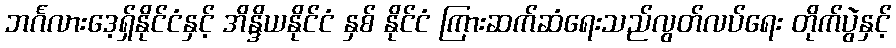
ဘင်္ဂလားဒေ့ရှ်နိုင်ငံနှင့် အိန္ဒိယနိုင်ငံ နှစ် နိုင်ငံ ကြားဆက်ဆံရေးသည်လွတ်လပ်ရေး တိုက်ပွဲနှင့်